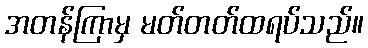
အတန်ကြာမှ မတ်တတ်ထရပ်သည်။